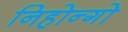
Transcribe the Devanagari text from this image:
निहोन्गो